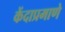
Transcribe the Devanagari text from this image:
केंदाप्रमाणे